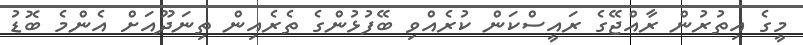
މީގެ އިތުރުން ރާއްޖޭގެ ރައީސްކަން ކުރެއްވި ބޭފުޅުންގެ ތެރެއިން ތިނަދޫއަށް އެންމެ ބޮޑު